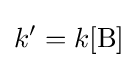
k'=k[{\ce {B}}]